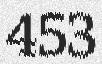
453